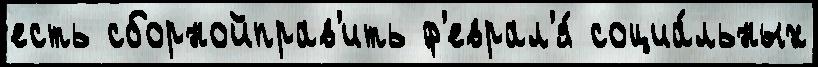
есть сборнойправ'ить ф'еврал'я́ социа́льных